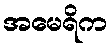
အမေရိက